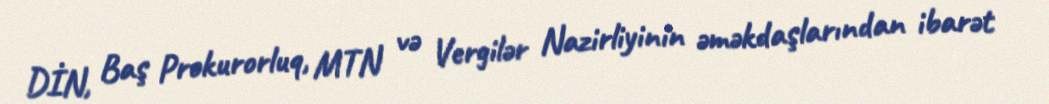
DİN, Baş Prokurorluq, MTN və Vergilər Nazirliyinin əməkdaşlarından ibarət